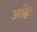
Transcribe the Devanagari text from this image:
आहिल